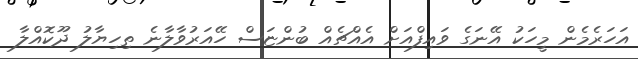
އަހަރެމެން މީހަކު އޭނަގެ ވައިފްއަށް އެއްޗެއް ބުންޏަސް ހޭއަރުވާލާނެ ތިހިޔާލު ދޫކޮއްލާ